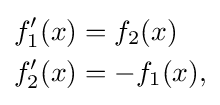
{\begin{aligned}f_{1}^{\prime }(x)&=f_{2}(x)\\f_{2}^{\prime }(x)&=-f_{1}(x),\end{aligned}}